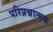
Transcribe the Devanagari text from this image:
परिप्रश्नात्मक